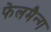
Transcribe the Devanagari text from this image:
फेलमैन्ग